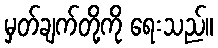
မှတ်ချက်တို့ကို ရေးသည်။